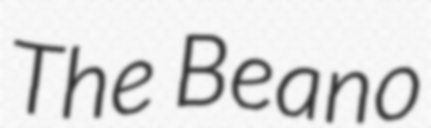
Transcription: The Beano